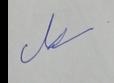
Signature authenticity: genuine